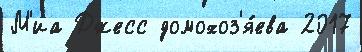
М'иа Джесс домохоз'я́ева 2017